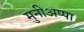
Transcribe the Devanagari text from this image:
मुनीअप्पा